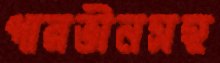
পারভীনসহ